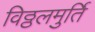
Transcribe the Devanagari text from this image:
विठ्ठलमुर्ति